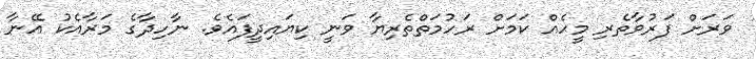
ވަރަށް ފަރުވާތެރި މީހެެއް ކަމަށް ރަހުމަތްތެރިޔާ ވަނީ ކިޔައިދީފައެވެ. ނާހިދާގެ މަރާއެކު އޭނާ